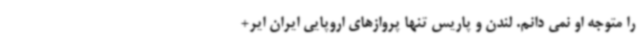
را متوجه او نمی دانم. لندن و پاریس تنها پروازهای اروپایی ایران ایر+